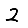
Digit: 2